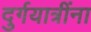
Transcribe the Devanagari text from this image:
दुर्गयात्रींना